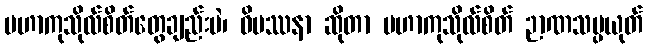
မဟာကုသိုလ်စိတ်တွေချည်းပဲ၊ ဝိပဿနာ ဆိုတာ မဟာကုသိုလ်စိတ် ဉာဏသမ္ပယုတ်